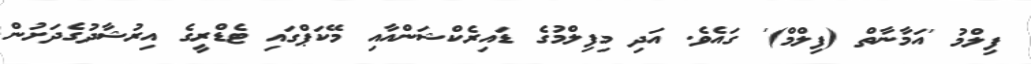
ފިލްމު 'އަމާނާތް (ފިލްމް)' ގައެވެ. އަދި މިފިލްމުގެ ޑައިރެކްޝަންއާއި މޭކަޕްގައި ޓެޑްރީގެ އިރުޝާދުގެދަށުން